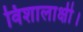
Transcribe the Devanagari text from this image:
विशालाक्षी।